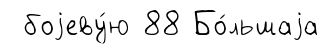
боjеву́ю 88 Бо́льшаjа